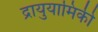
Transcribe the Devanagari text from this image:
द्रायुयामिकी